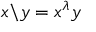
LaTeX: x \backslash y = x ^ { \lambda } y